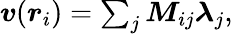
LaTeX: \begin{array}{r}{\boldsymbol{v}(\boldsymbol{r}_{i})=\sum_{j}\boldsymbol{M}_{ij}\boldsymbol{\lambda}_{j},}\end{array}